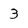
Character: 3